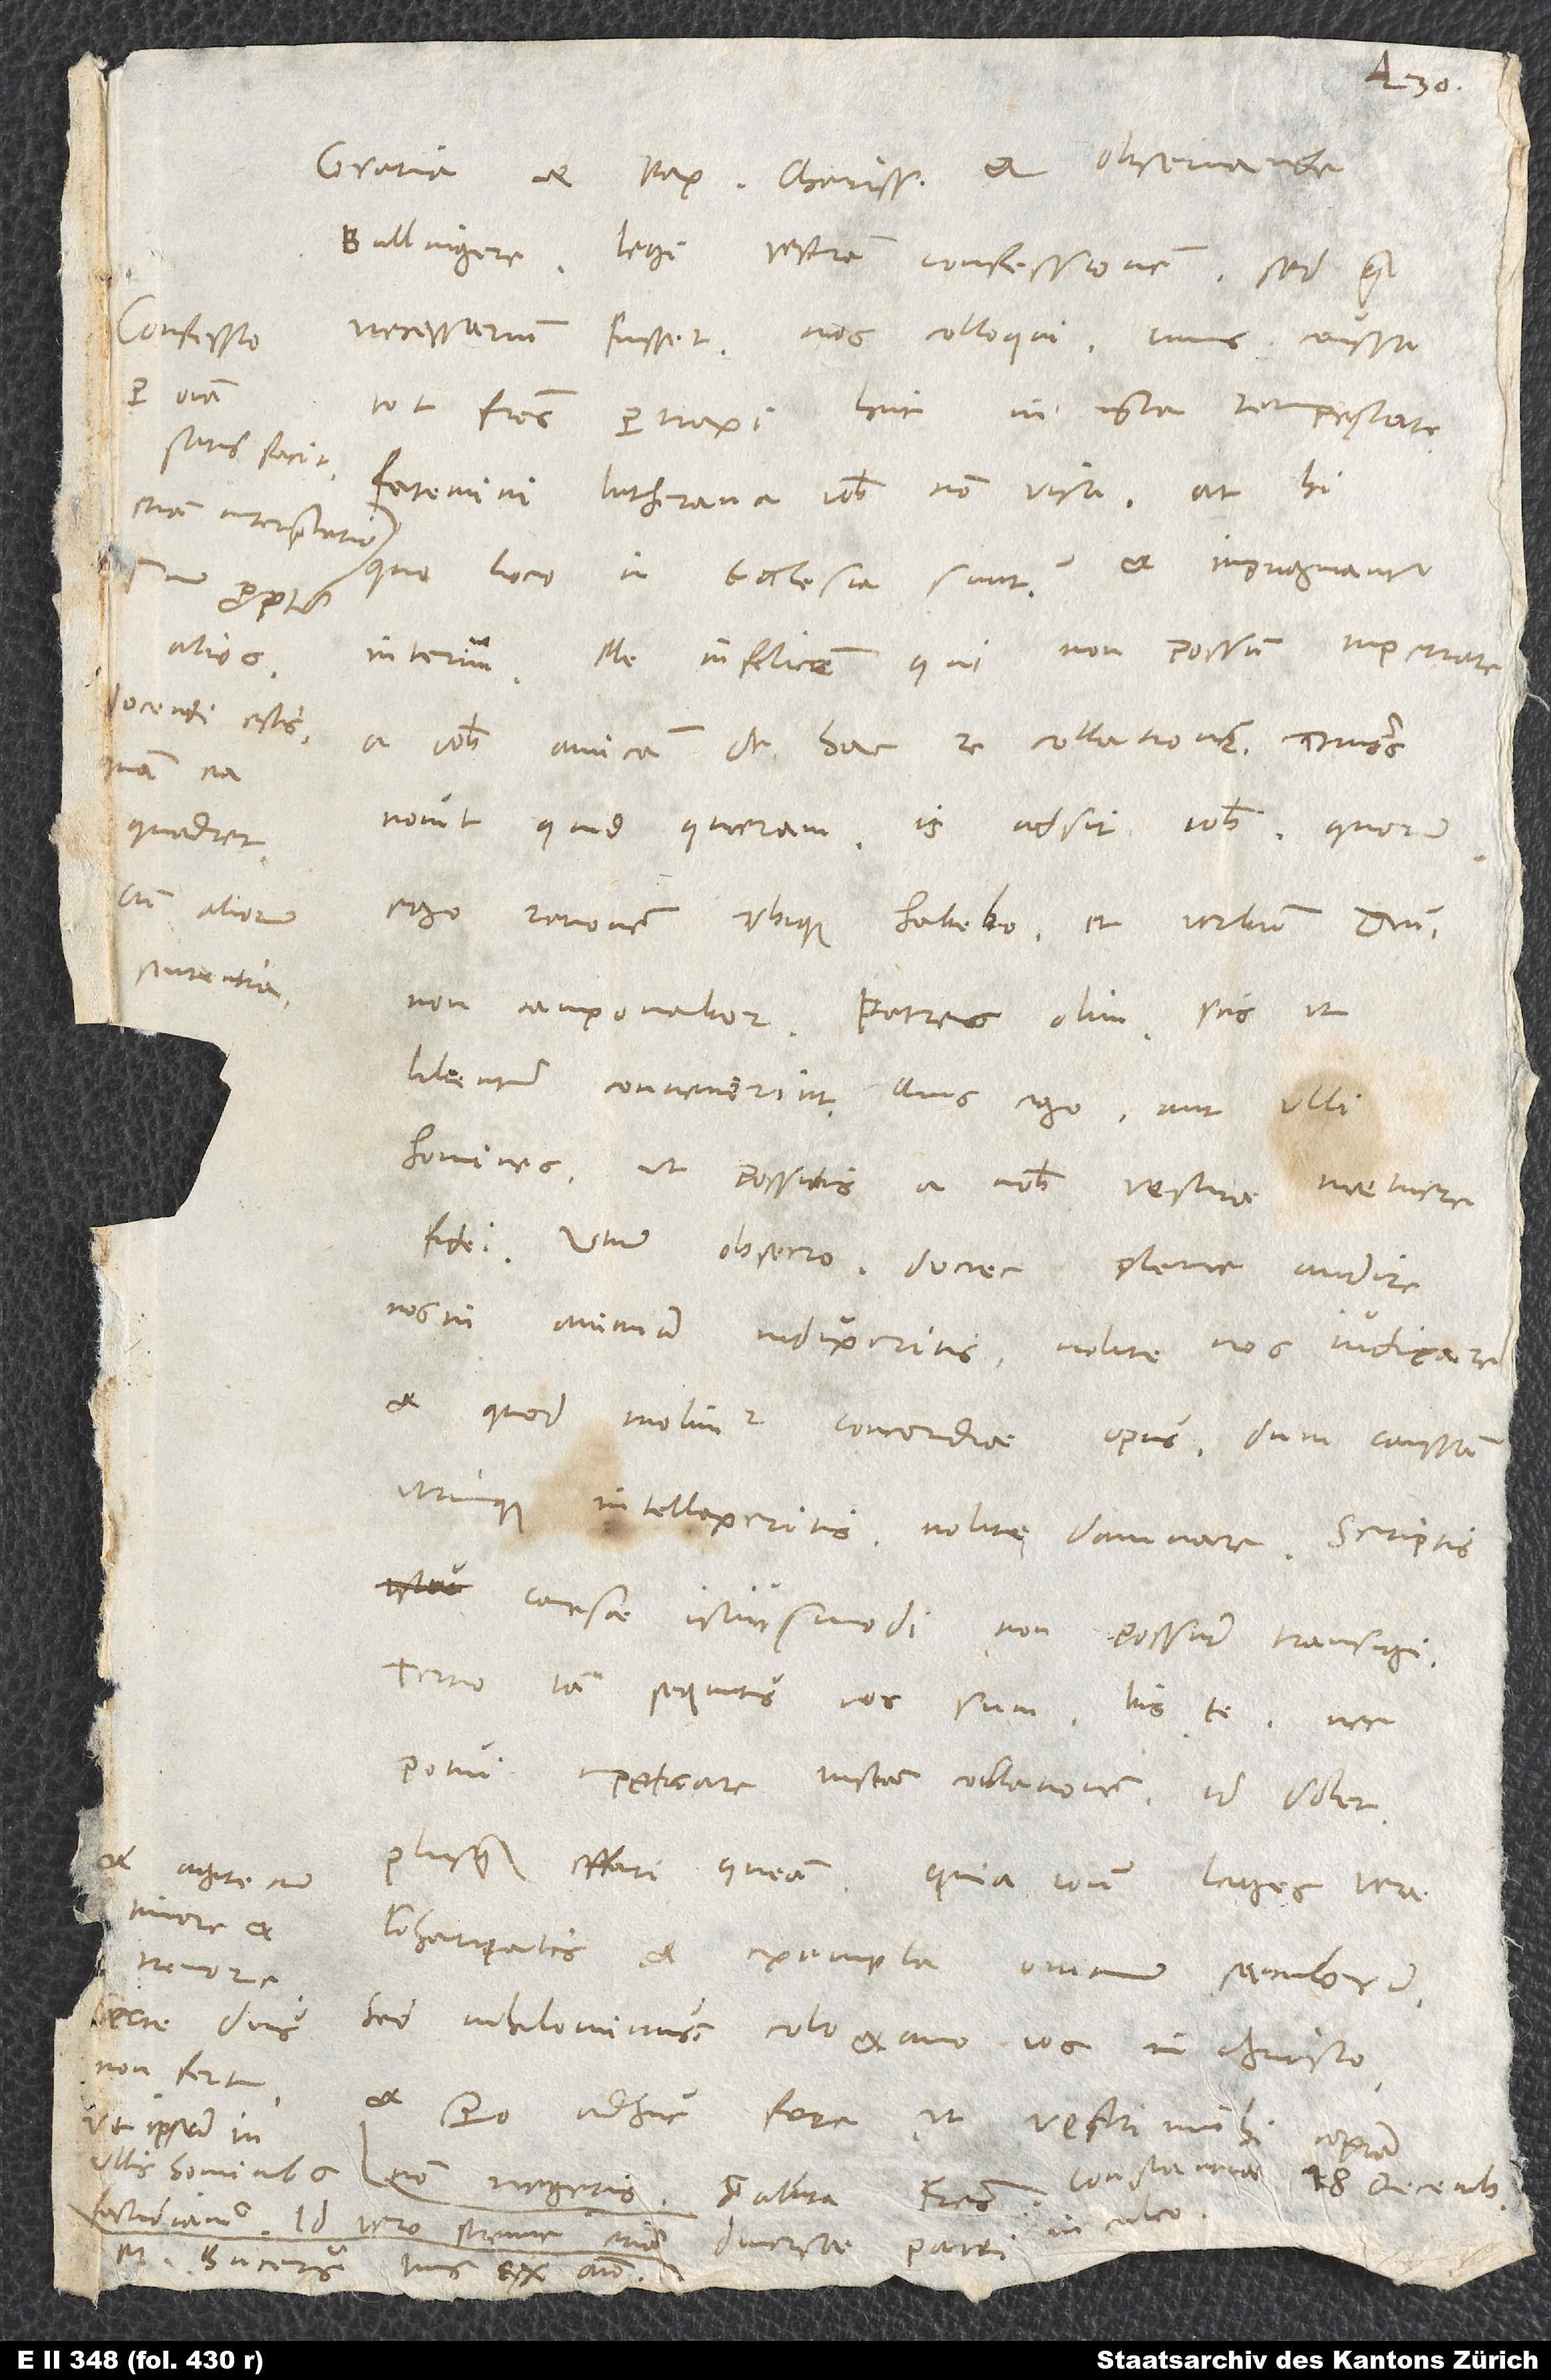
Gratia et pax, charissime et observande
Confessio
necessarium fuisset nos colloqui, cuius caussa
per omnia
tot fratres pertraxi huc in ista tempestate!
satisfacit,
Fatemini Lutherana vobis non visa - at hi
etiam interpretatio.
quo loco in ecclesia sunt? - et impugnantur
alios
interim. Me infelicem, qui non possum impetrare
docendi estis,
a vobis amicam de hac re collationem! Dominus
quam ea
novit, quid quaeram. Is adsit vobis, quorum
quadret
cum aliorum
ego rationem ubique habebo et verbum domini
sententia.
non cauponabora. Patres olim scis ut
libenter convenerint. Quis ego aut ulli
homines ut possitis a nobis vestrae metuere
fidei? Unum obsecro: Donec plene audire
nos in animum induxeritis, nolite nos iudicare,
et quod molimur concordiae opus, dum caussam
utrinque intellexeritis, nolite damnare. Scriptis
causae istiusmodi non possunt transigi.
Tertio iam sequutus vos sum, bis te, nec
potui impetrare iustam collationem. Id dolet
et agite cum
plus quam effari queam, quia contra leges verae
timore et
charitatis et exempla omnium saeculorum.
Sed nihilominus colo et amo vos in Christo,
non fert,
et spero adhuc fore, ut vestri mihi copiam
ut ipsum in
Constantiae, 18. decembris.
fastidiamus. Id vero strenue etiam diversae parti
M. Bucerus, tuus ex animo.